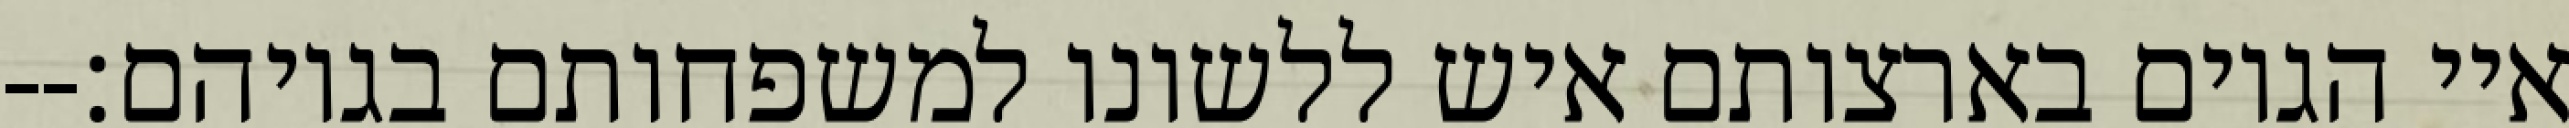
איי הגוים בארצותם איש ללשונו למשפחותם בגויהם׃--